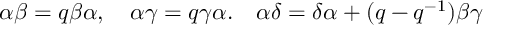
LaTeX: \alpha \beta = q \beta \alpha , \quad \alpha \gamma = q \gamma \alpha . \quad \alpha \delta = \delta \alpha + ( q - q ^ { - 1 } ) \beta \gamma